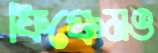
ফিঞ্চেমও